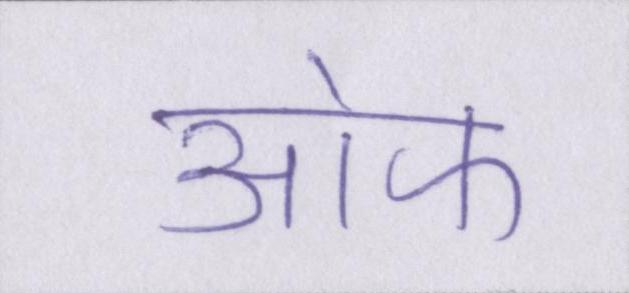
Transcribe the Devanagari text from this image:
आ॓फ